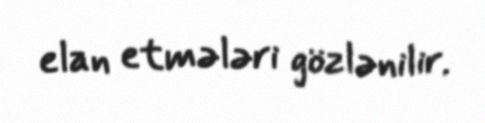
elan etmələri gözlənilir.